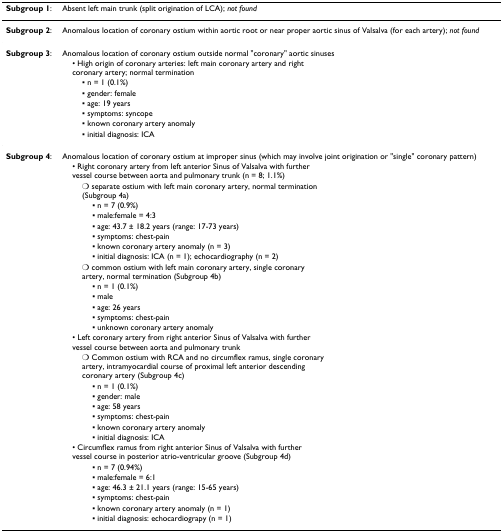
<table><thead><tr><td><b>Subgroup 1:</b></td><td><b>Absent left main trunk (split origination of LCA); <i>not found</i></b></td></tr></thead><tbody><tr><td><b>Subgroup 2</b>:</td><td>Anomalous location of coronary ostium within aortic root or near proper aortic sinus of Valsalva (for each artery); <i>not found</i></td></tr><tr><td><b>Subgroup 3</b>:</td><td>Anomalous location of coronary ostium outside normal &quot;coronary&quot; aortic sinuses</td></tr><tr><td></td><td> • High origin of coronary arteries: left main coronary artery and right coronary artery; normal termination</td></tr><tr><td></td><td>▪ n = 1 (0.1%)</td></tr><tr><td></td><td>▪ gender: female</td></tr><tr><td></td><td>▪ age: 19 years</td></tr><tr><td></td><td>▪ symptoms: syncope</td></tr><tr><td></td><td>▪ known coronary artery anomaly</td></tr><tr><td></td><td>▪ initial diagnosis: ICA</td></tr><tr><td><b>Subgroup 4</b>:</td><td>Anomalous location of coronary ostium at improper sinus (which may involve joint origination or &quot;single&quot; coronary pattern)</td></tr><tr><td></td><td> • Right coronary artery from left anterior Sinus of Valsalva with further vessel course between aorta and pulmonary trunk (n = 8; 1.1%)</td></tr><tr><td></td><td>○ separate ostium with left main coronary artery, normal termination(Subgroup 4a)</td></tr><tr><td></td><td>▪ n = 7 (0.9%)</td></tr><tr><td></td><td>▪ male:female = 4:3</td></tr><tr><td></td><td>▪ age: 43.7 ± 18.2 years (range: 17-73 years)</td></tr><tr><td></td><td>▪ symptoms: chest-pain</td></tr><tr><td></td><td>▪ known coronary artery anomaly (n = 3)</td></tr><tr><td></td><td>▪ initial diagnosis: ICA (n = 1); echocardiography (n = 2)</td></tr><tr><td></td><td>○ common ostium with left main coronary artery, single coronaryartery, normal termination (Subgroup 4b)</td></tr><tr><td></td><td>▪ n = 1 (0.1%)</td></tr><tr><td></td><td>▪ male</td></tr><tr><td></td><td>▪ age: 26 years</td></tr><tr><td></td><td>▪ symptoms: chest-pain</td></tr><tr><td></td><td>▪ unknown coronary artery anomaly</td></tr><tr><td></td><td> • Left coronary artery from right anterior Sinus of Valsalva with furthervessel course between aorta and pulmonary trunk</td></tr><tr><td></td><td>○ Common ostium with RCA and no circumflex ramus, single coronary artery, intramyocardial course of proximal left anterior descending coronary artery (Subgroup 4c)</td></tr><tr><td></td><td>▪ n = 1 (0.1%)</td></tr><tr><td></td><td>▪ gender: male</td></tr><tr><td></td><td>▪ age: 58 years</td></tr><tr><td></td><td>▪ symptoms: chest-pain</td></tr><tr><td></td><td>▪ known coronary artery anomaly</td></tr><tr><td></td><td>▪ initial diagnosis: ICA</td></tr><tr><td></td><td> • Circumflex ramus from right anterior Sinus of Valsalva with further vessel course in posterior atrio-ventricular groove (Subgroup 4d)</td></tr><tr><td></td><td>▪ n = 7 (0.94%)</td></tr><tr><td></td><td>▪ male:female = 6:1</td></tr><tr><td></td><td>▪ age: 46.3 ± 21.1 years (range: 15-65 years)</td></tr><tr><td></td><td>▪ symptoms: chest-pain</td></tr><tr><td></td><td>▪ known coronary artery anomaly (n = 1)</td></tr><tr><td></td><td>▪ initial diagnosis: echocardiograpy (n = 1)</td></tr></tbody></table>